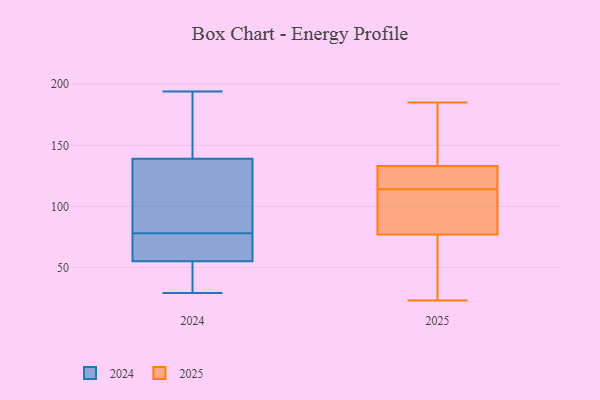
{"axis": {"x": "Customer Acquisition Cost (USD)", "y": "Value"}, "legend": ["2024", "2025"], "data": [{"x": "", "y": 29, "type": "2024"}, {"x": "", "y": 75, "type": "2024"}, {"x": "", "y": 85, "type": "2024"}, {"x": "", "y": 139, "type": "2024"}, {"x": "", "y": 36, "type": "2024"}, {"x": "", "y": 75, "type": "2024"}, {"x": "", "y": 194, "type": "2024"}, {"x": "", "y": 148, "type": "2024"}, {"x": "", "y": 55, "type": "2024"}, {"x": "", "y": 81, "type": "2024"}, {"x": "", "y": 119, "type": "2025"}, {"x": "", "y": 93, "type": "2025"}, {"x": "", "y": 126, "type": "2025"}, {"x": "", "y": 109, "type": "2025"}, {"x": "", "y": 92, "type": "2025"}, {"x": "", "y": 42, "type": "2025"}, {"x": "", "y": 168, "type": "2025"}, {"x": "", "y": 77, "type": "2025"}, {"x": "", "y": 133, "type": "2025"}, {"x": "", "y": 122, "type": "2025"}, {"x": "", "y": 23, "type": "2025"}, {"x": "", "y": 157, "type": "2025"}, {"x": "", "y": 51, "type": "2025"}, {"x": "", "y": 185, "type": "2025"}]}